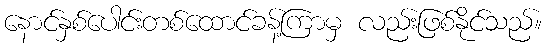
နောင်နှစ်ပေါင်းတစ်ထောင်ခန့်ကြာမှ လည်းဖြစ်နိုင်သည်။